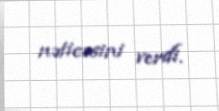
nəticəsini verdi.